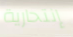
إنتحارية